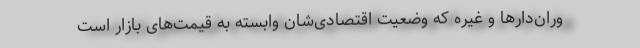
وران‌دارها و غیره که وضعیت اقتصادی‌شان وابسته به قیمت‌های بازار است